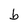
Character: b